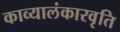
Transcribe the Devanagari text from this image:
काव्यालंकारवृति